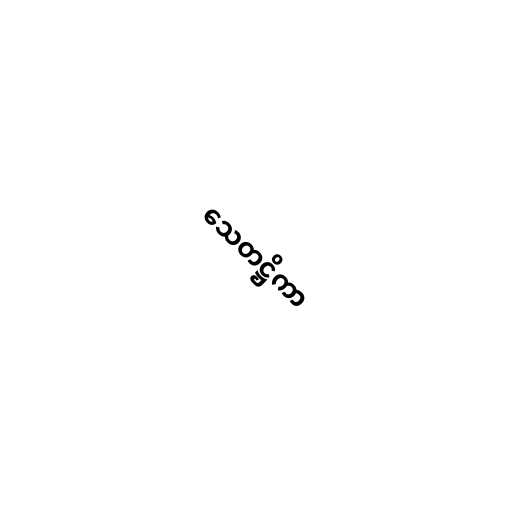
သေတဋ္ဌိကာ